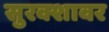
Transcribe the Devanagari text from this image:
सुरक्शावर